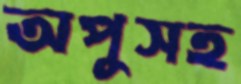
অপুসহ